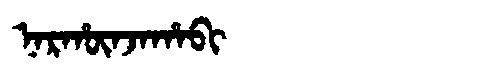
Manchu: ᠨᠠᡵᡥᡡᠨᠵᠠᡥᠠᠪᡳ
Romanization: NARHŪNJAHABI